Plague in India, 1896, 1897 - Volume 3
Year: 1896
Disease focus: Plague
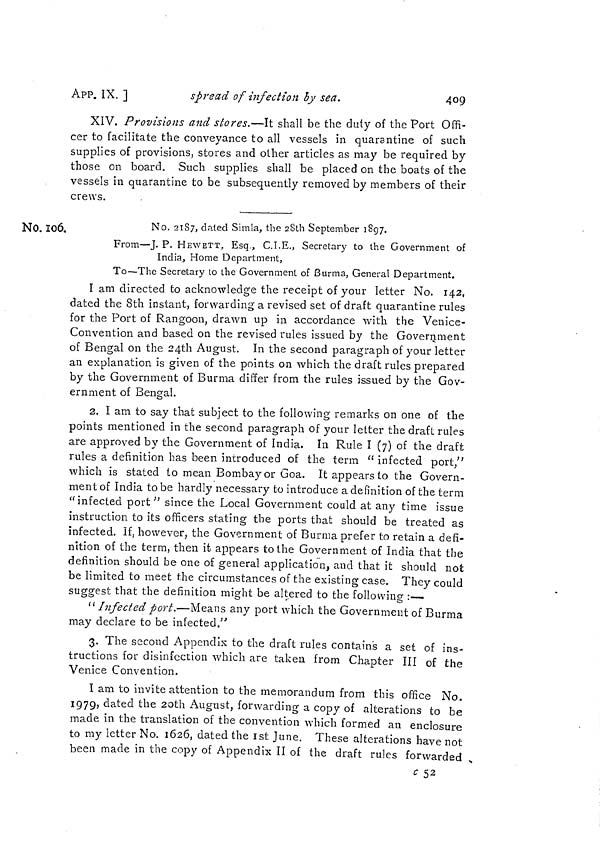
409
APP. IX. ]
spread of infection by sea.
XIV. Provisions and stores.—It shall be the duty of the Port Offi-
cer to facilitate the conveyance to all vessels in quarantine of such
supplies of provisions, stores and other articles as may be required by
those on board. Such supplies shall be placed on the boats of the
vessels in quarantine to be subsequently removed by members of their
crews.
No. 106.
No. 2187, dated Simla, the 28th September 1897.
From—J. P. HEWETT. Esq , C.I.E., Secretary to the Government of
India, Home Department,
To—The Secretary to the Government of Burma, General Department.
I am directed to acknowledge the receipt of your letter No. 142,
dated the 8th instant, forwarding a revised set of draft quarantine rules
for the Port of Rangoon, drawn up in accordance with the Venice-
Convention and based on the revised rules issued by the Government
of Bengal on the 24th August. In the second paragraph of your letter
an explanation is given of the points on which the draft rules prepared
by the Government of Burma differ from the rules issued by the Gov-
ernment of Bengal.
2. I am to say that subject to the following remarks on one of the
points mentioned in the second paragraph of your letter the draft rules
are approved by the Government of India. In Rule I (7) of the draft
rules a definition has been introduced of the term " infected port,"
which is stated to mean Bombay or Goa. It appears to the Govern-
ment of India to be hardly necessary to introduce a definition of the term
"infected port" since the Local Government could at any time issue
instruction to its officers stating the ports that should be treated as
infected. If, however, the Government of Burma prefer to retain a defi-
nition of the term, then it appears to the Government of India that the
definition should be one of general application, and that it should not
be limited to meet the circumstances of the existing case. They could
suggest that the definition might be altered to the following :—
" Infected port.—Means any port which the Government of Burma
may declare to be infected."
3. The second Appendix to the draft rules contains a set of ins-
tructions for disinfection which are taken from Chapter III of the
Venice Convention.
I am to invite attention to the memorandum from this office No.
1979, dated the 2oth August, forwarding a copy of alterations to be
made in the translation of the convention which formed an enclosure
to my letter No. 1626, dated the 1st June. These alterations have not
been made in the copy of Appendix II of the draft rules forwarded
c 52